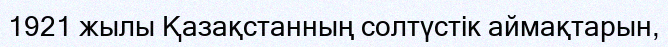
1921 жылы Қазақстанның солтүстік аймақтарын,